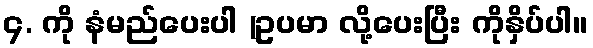
၄. ကို နံမည်ပေးပါ (ဥပမာ လို့ပေးပြီး ကိုနှိပ်ပါ။